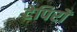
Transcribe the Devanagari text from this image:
टेपिरों